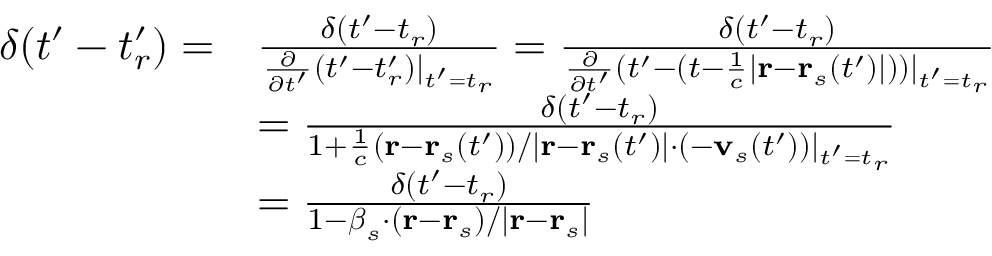
{ \begin{array} { r l } { \delta ( t ^ { \prime } - t _ { r } ^ { \prime } ) = } & { { \frac { \delta ( t ^ { \prime } - t _ { r } ) } { { \frac { \partial } { \partial t ^ { \prime } } } ( t ^ { \prime } - t _ { r } ^ { \prime } ) | _ { t ^ { \prime } = t _ { r } } } } = { \frac { \delta ( t ^ { \prime } - t _ { r } ) } { { \frac { \partial } { \partial t ^ { \prime } } } ( t ^ { \prime } - ( t - { \frac { 1 } { c } } | \mathbf { r } - \mathbf { r } _ { s } ( t ^ { \prime } ) | ) ) | _ { t ^ { \prime } = t _ { r } } } } } \\ & { = { \frac { \delta ( t ^ { \prime } - t _ { r } ) } { 1 + { \frac { 1 } { c } } ( \mathbf { r } - \mathbf { r } _ { s } ( t ^ { \prime } ) ) / | \mathbf { r } - \mathbf { r } _ { s } ( t ^ { \prime } ) | \cdot ( - \mathbf { v } _ { s } ( t ^ { \prime } ) ) | _ { t ^ { \prime } = t _ { r } } } } } \\ & { = { \frac { \delta ( t ^ { \prime } - t _ { r } ) } { 1 - { \boldsymbol { \beta } } _ { s } \cdot ( \mathbf { r } - \mathbf { r } _ { s } ) / | \mathbf { r } - \mathbf { r } _ { s } | } } } \end{array} }